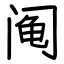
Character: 阄